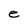
Character: e